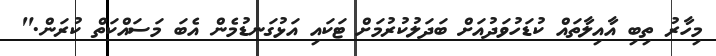
މިހާރު ތިބި އާއިލާތައް ކުޑަހުވަދުއަށް ބަދަލުކުރުމަށް ޓަކައި އަޅުގަނޑުމެން އެބަ މަސައްކަތް ކުރަން."